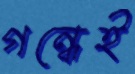
গন্ধেই